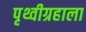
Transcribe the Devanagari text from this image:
पृथ्वीग्रहाला